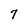
Character: 7